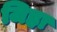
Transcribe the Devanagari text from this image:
जिह्रा